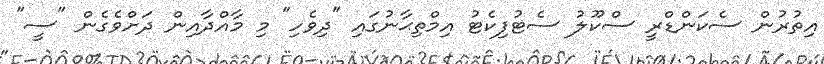
އިތުރުން ސެކަންޑްރީ ސްކޫލު ސެޓުފިކެޓު އިމްތިޙާނުގައި "ދިވެހި" މި މާއްދާއިން ދަށްވެގެން "ސީ"